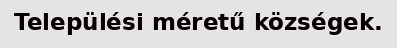
Települési méretű községek.